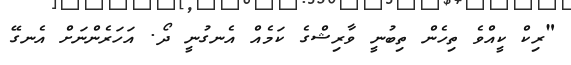
"ރިކް ކީއްވެ ތިހެން ތިބުނީ ވާރިޝްގެ ކަމެއް އެނގުނީ ދޯ. އަހަރެންނަށް އެނގޭ